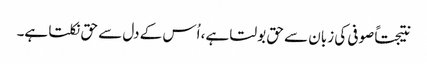
نتیجتاً صوفی کی زبان سے حق بولتا ہے، اُس کے دل سے حق نکلتا ہے۔